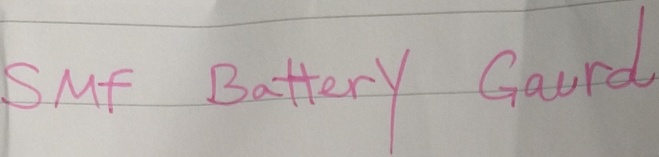
Text: SMF Battery Gaurd